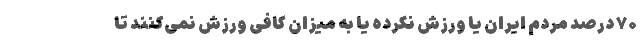
۷۰ درصد مردم ایران یا ورزش نکرده یا به میزان کافی ورزش نمی‌کنند تا